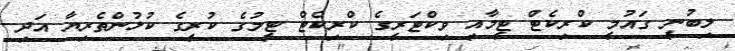
ލިބުނީ ގައުމީ ކްރިކެޓް ޓީމާއި ވިކްޓަރީގެ ކްރިކެޓް ޓީމުގެ ކުރީގެ ކުޅުންތެރިޔާ އަދި